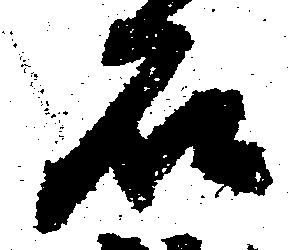
石